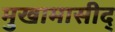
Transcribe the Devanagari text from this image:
मुखामासीद्